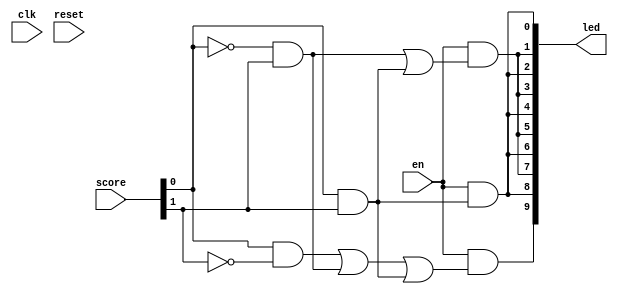
`timescale 1ns / 1ps


module result(
    input clk,
    input reset,
    input [1:0] score,
    input en,
    output [9:0] led
    );
    
    
    
    assign led[0] =  en&((~score[0]&~score[1]&0) | (score[0]&~score[1]&0) | (~score[0]&score[1]&0)| (score[0]&score[1]&1));
    assign led[1] =  en&((~score[0]&~score[1]&0) | (score[0]&~score[1]&0) | (~score[0]&score[1]&1)| (score[0]&score[1]&1));
    assign led[2] =  en&((~score[0]&~score[1]&0) | (score[0]&~score[1]&0) | (~score[0]&score[1]&0)| (score[0]&score[1]&1));
    assign led[3] =  en&((~score[0]&~score[1]&0) | (score[0]&~score[1]&0) | (~score[0]&score[1]&1)| (score[0]&score[1]&1));
    assign led[4] =  en&((~score[0]&~score[1]&0) | (score[0]&~score[1]&0) | (~score[0]&score[1]&0)| (score[0]&score[1]&1));
    assign led[5] =  en&((~score[0]&~score[1]&0) | (score[0]&~score[1]&0) | (~score[0]&score[1]&1)| (score[0]&score[1]&1));
    assign led[6] =  en&((~score[0]&~score[1]&0) | (score[0]&~score[1]&0) | (~score[0]&score[1]&0)| (score[0]&score[1]&1));
    assign led[7] =  en&((~score[0]&~score[1]&0) | (score[0]&~score[1]&0) | (~score[0]&score[1]&1)| (score[0]&score[1]&1));
    assign led[8] =  en&((~score[0]&~score[1]&0) | (score[0]&~score[1]&0) | (~score[0]&score[1]&0)| (score[0]&score[1]&1));
    assign led[9] =  en&((~score[0]&~score[1]&0) | (score[0]&~score[1]&1) | (~score[0]&score[1]&1)| (score[0]&score[1]&1));
    /*
    if(en) begin
       if(score == 1) begin
            temp[8:0] <= 0;
            temp[9] <= 1;  
            end
       else if(score == 2) begin
            temp[9:5] <=1;
            temp[4:0] <=0;
            
            end  
       else if(score == 3) begin
            temp[9:0] <= 1;
            end   
       else begin
            temp[9:0] <= 0;
            end
    end
    */
    
    
endmodule